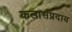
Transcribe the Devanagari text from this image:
कलासंप्रदाय